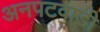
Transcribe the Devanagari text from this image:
अनपटवाडी